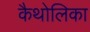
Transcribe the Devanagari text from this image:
कैथोलिका